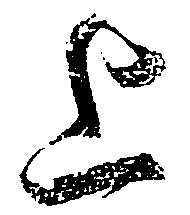
上